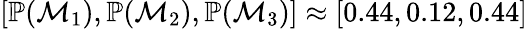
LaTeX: \begin{array}{r}{[\mathbb{P}(\mathcal{M}_{1}),\mathbb{P}(\mathcal{M}_{2}),\mathbb{P}(\mathcal{M}_{3})]\approx[0.44,0.12,0.44]}\end{array}